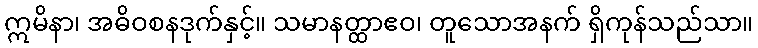
ဣမိနာ၊ အဓိဝစနဒုက်နှင့်။ သမာနတ္ထာဧဝ၊ တူသောအနက် ရှိကုန်သည်သာ။